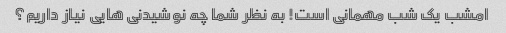
امشب یک شب مهمانی است! به نظر شما چه نوشیدنی هایی نیاز داریم؟